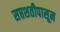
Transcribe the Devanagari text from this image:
सप्तशतीपासून